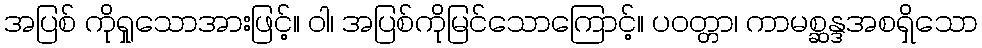
အပြစ် ကိုရှုသောအားဖြင့်။ ဝါ၊ အပြစ်ကိုမြင်သောကြောင့်။ ပဝတ္တာ၊ ကာမစ္ဆန္ဒအစရှိသော